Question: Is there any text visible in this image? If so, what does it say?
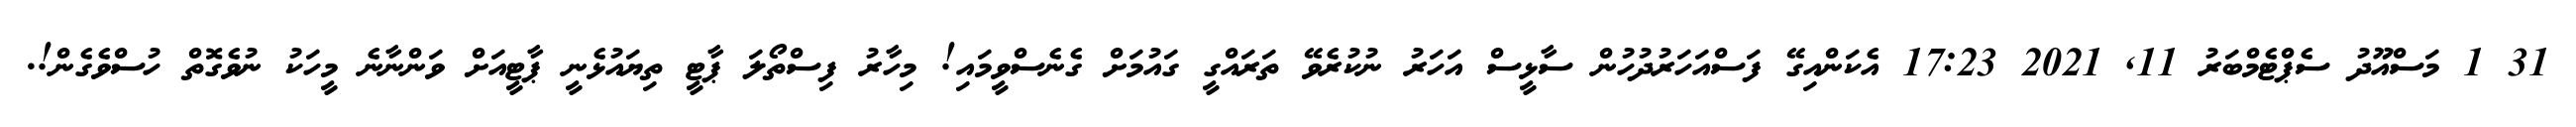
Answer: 31 1 މަސްއޫދު ސެޕްޓެމްބަރު 11, 2021 17:23 އެކަންއިގޭ ފަސްއަހަރުދުހުން ސާޅީސް އަހަރު ނުކުރެވޭ ތަރައްގީ ގައުމަށް ގެނެސްވީމައި! މިހާރު ފިސްތޯލަ ޕާޓީ ތިޔައުޅެނީ ޕާޓީއަށް ވަންނާނެ މީހަކު ނުވެގޮތް ހުސްވެގެން!.